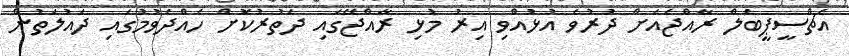
އެޗްސީޕީބެލް ރާއްޖެއަށް ދުރުވެ އުޅުއްވި އިރު މުޅި ރާއްޖޭގައި ދަތުރުކޮށް ހެއްދެވުމުގައި ދައުލަތުން